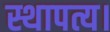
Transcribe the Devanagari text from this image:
स्थापत्य।